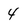
Character: 4